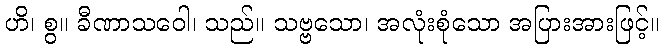
ဟိ၊ စွ။ ခီဏာသဝေါ၊ သည်။ သဗ္ဗသော၊ အလုံးစုံသော အပြားအားဖြင့်။